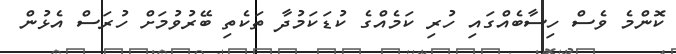
ކޮންމެ ވެސް ހިސާބެއްގައި ހުރި ކަމެއްގެ ކުޑަކަމުދާ ތަކެތި ބޭރުވުމަށް ހުރަސް އެޅުން